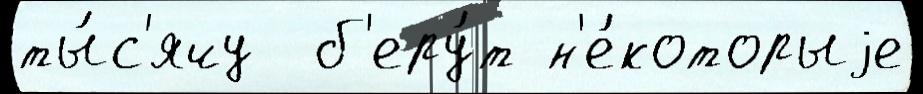
ты́с'ячу  б'еру́т н'е́которыjе